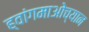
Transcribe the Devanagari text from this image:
ह्वांगमाओच्यान